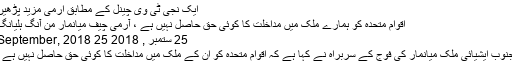
ایک نجی ٹی وی چینل کے مطابق آرمی مزید پڑھیں
اقوام متحدہ کو ہمارے مُلک میں مداخلت کا کوئی حق حاصل نہیں ہے ، آرمی چیف میانمار من آنگ ہلیانگ
25 ستمبر , 2018 25 September, 2018
جنوب ایشیائی ملک میانمار کی فوج کے سربراہ نے کہا ہے کہ اقوام متحدہ کو ان کے ملک میں مداخلت کا کوئی حق حاصل نہیں ہے ۔